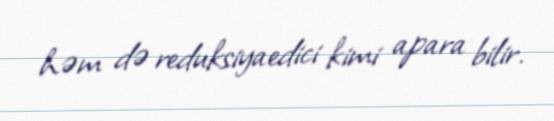
həm də reduksiyaedici kimi apara bilir.